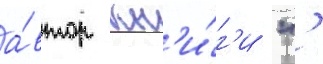
а́втор кн'и́г'и "'